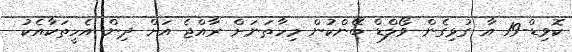
ކޮވިޑް-19 އާ ގުޅިގެން ވޯލްޑް ބޭންކުން މިހާތަނަށް ރާއްޖެ އަށް ދިން އެހީތަކާއެކު